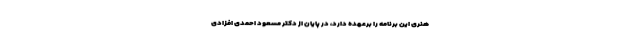
هنری این برنامه را برعهده دارد، در پایان از دکتر مسعود احمدی افزادی